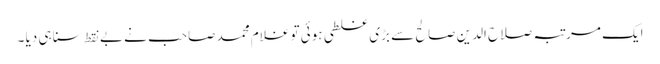
ایک مرتبہ صلاح الدین صالح سے بڑی غلطی ہوئی تو غلام محمد صاحب نے بے نقط سنا ہی دیا ۔